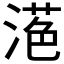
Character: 𱧷